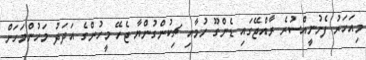
މިއަހަރު ފެށުނީއްސުރެ ރާއްޖޭގައި ޑެންގޫ ހުމާއި ޗިކުންގުންޔާ ޖެހޭ މީހުންގެ އަދަދު މަހުންމަހަށް